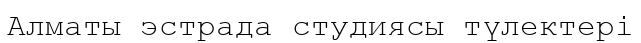
Алматы эстрада студиясы түлектері